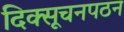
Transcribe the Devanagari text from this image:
दिक्सूचनपठन